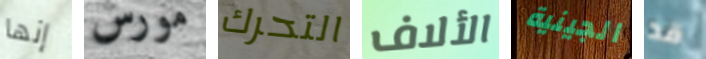
إنها مورس التحرك الألاف الجينية قد